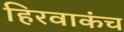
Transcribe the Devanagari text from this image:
हिरवाकंच